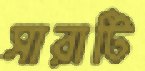
সারাটি